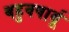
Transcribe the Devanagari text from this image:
बहुवषार्यू